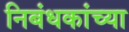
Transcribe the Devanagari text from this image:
निबंधकांच्या